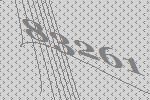
83261